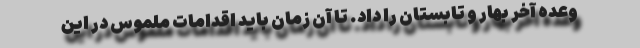
وعده آخر بهار و تابستان را داد. تا آن زمان باید اقدامات ملموس در این